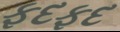
ફદફદ